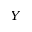
Y